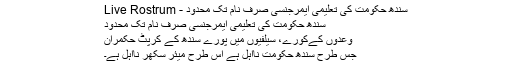
سندھ حکومت کی تعلیمی ایمرجنسی صرف نام تک محدود - Live Rostrum
سندھ حکومت کی تعلیمی ایمرجنسی صرف نام تک محدود
وعدوں کےکورے، سیلفیوں میں پورے سندھ کے کرپٹ حکمران
جس طرح سندھ حکومت نااہل ہے اس طرح میئر سکھر نااہل ہے۔